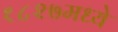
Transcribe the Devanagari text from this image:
१८२७मध्ये